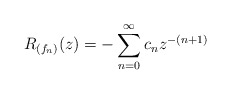
\begin{align*}R_{(f_n)}(z) = -\sum_{n=0}^\infty c_n z^{-(n+1)}\end{align*}